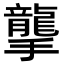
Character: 𢸭